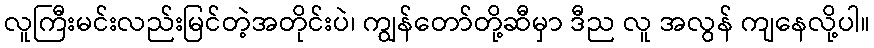
လူကြီးမင်းလည်းမြင်တဲ့အတိုင်းပဲ၊ ကျွန်တော်တို့ဆီမှာ ဒီည လူ အလွန် ကျနေလို့ပါ။